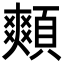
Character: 䫪